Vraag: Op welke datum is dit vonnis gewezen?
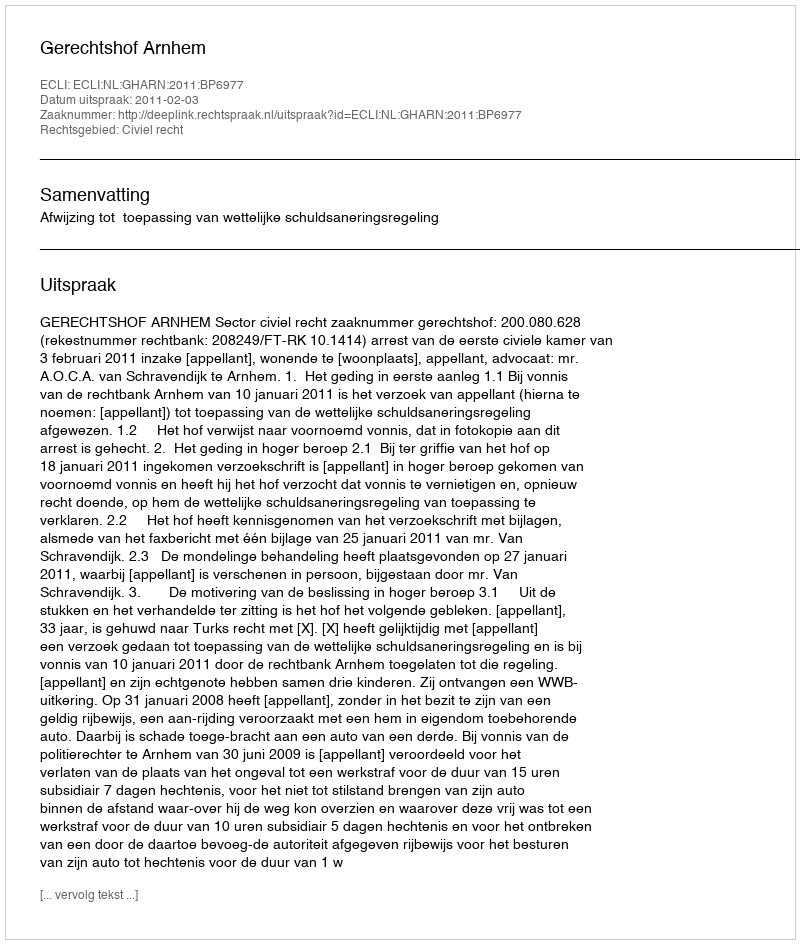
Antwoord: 2011-02-03